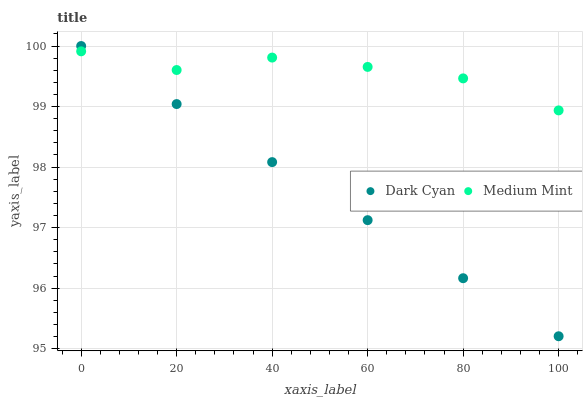
| xaxis_label | Dark Cyan | Medium Mint |
 | --- | --- | --- |
 | 0 | 100 | 99.9 |
 | 20 | 99 | 99.6 |
 | 40 | 98.1 | 99.8 |
 | 60 | 97.1 | 99.7 |
 | 80 | 96.2 | 99.5 |
 | 100 | 95.2 | 98.9 |